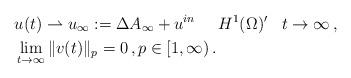
LaTeX: \begin{align*}& u(t) \rightharpoonup u_\infty := \Delta A_\infty + u^{in} \;\;\;\;\; H^1(\Omega)' \;\;\; t\to \infty\,, \\ & \lim_{t\to\infty} \|v(t)\|_p = 0\,, p\in [1,\infty)\,. \end{align*}